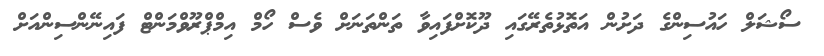
ސޯޝަލް ހައުސިންގެ ދަށުން އަތޮޅުތެރޭގައި ދޫކޮށްފައިވާ ތަންތަނަށް ވެސް ހޯމް އިމްޕްރޫވްމަންޓް ފައިނޭންސިންއަށް